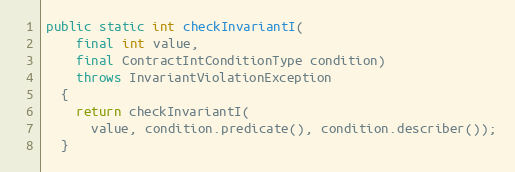
Language: Java
public static int checkInvariantI(
    final int value,
    final ContractIntConditionType condition)
    throws InvariantViolationException
  {
    return checkInvariantI(
      value, condition.predicate(), condition.describer());
  }